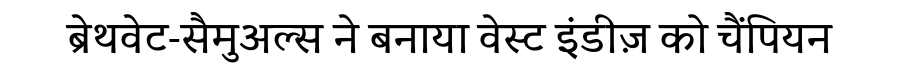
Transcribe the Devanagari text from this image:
ब्रेथवेट-सैमुअल्स ने बनाया वेस्ट इंडीज़ को चैंपियन